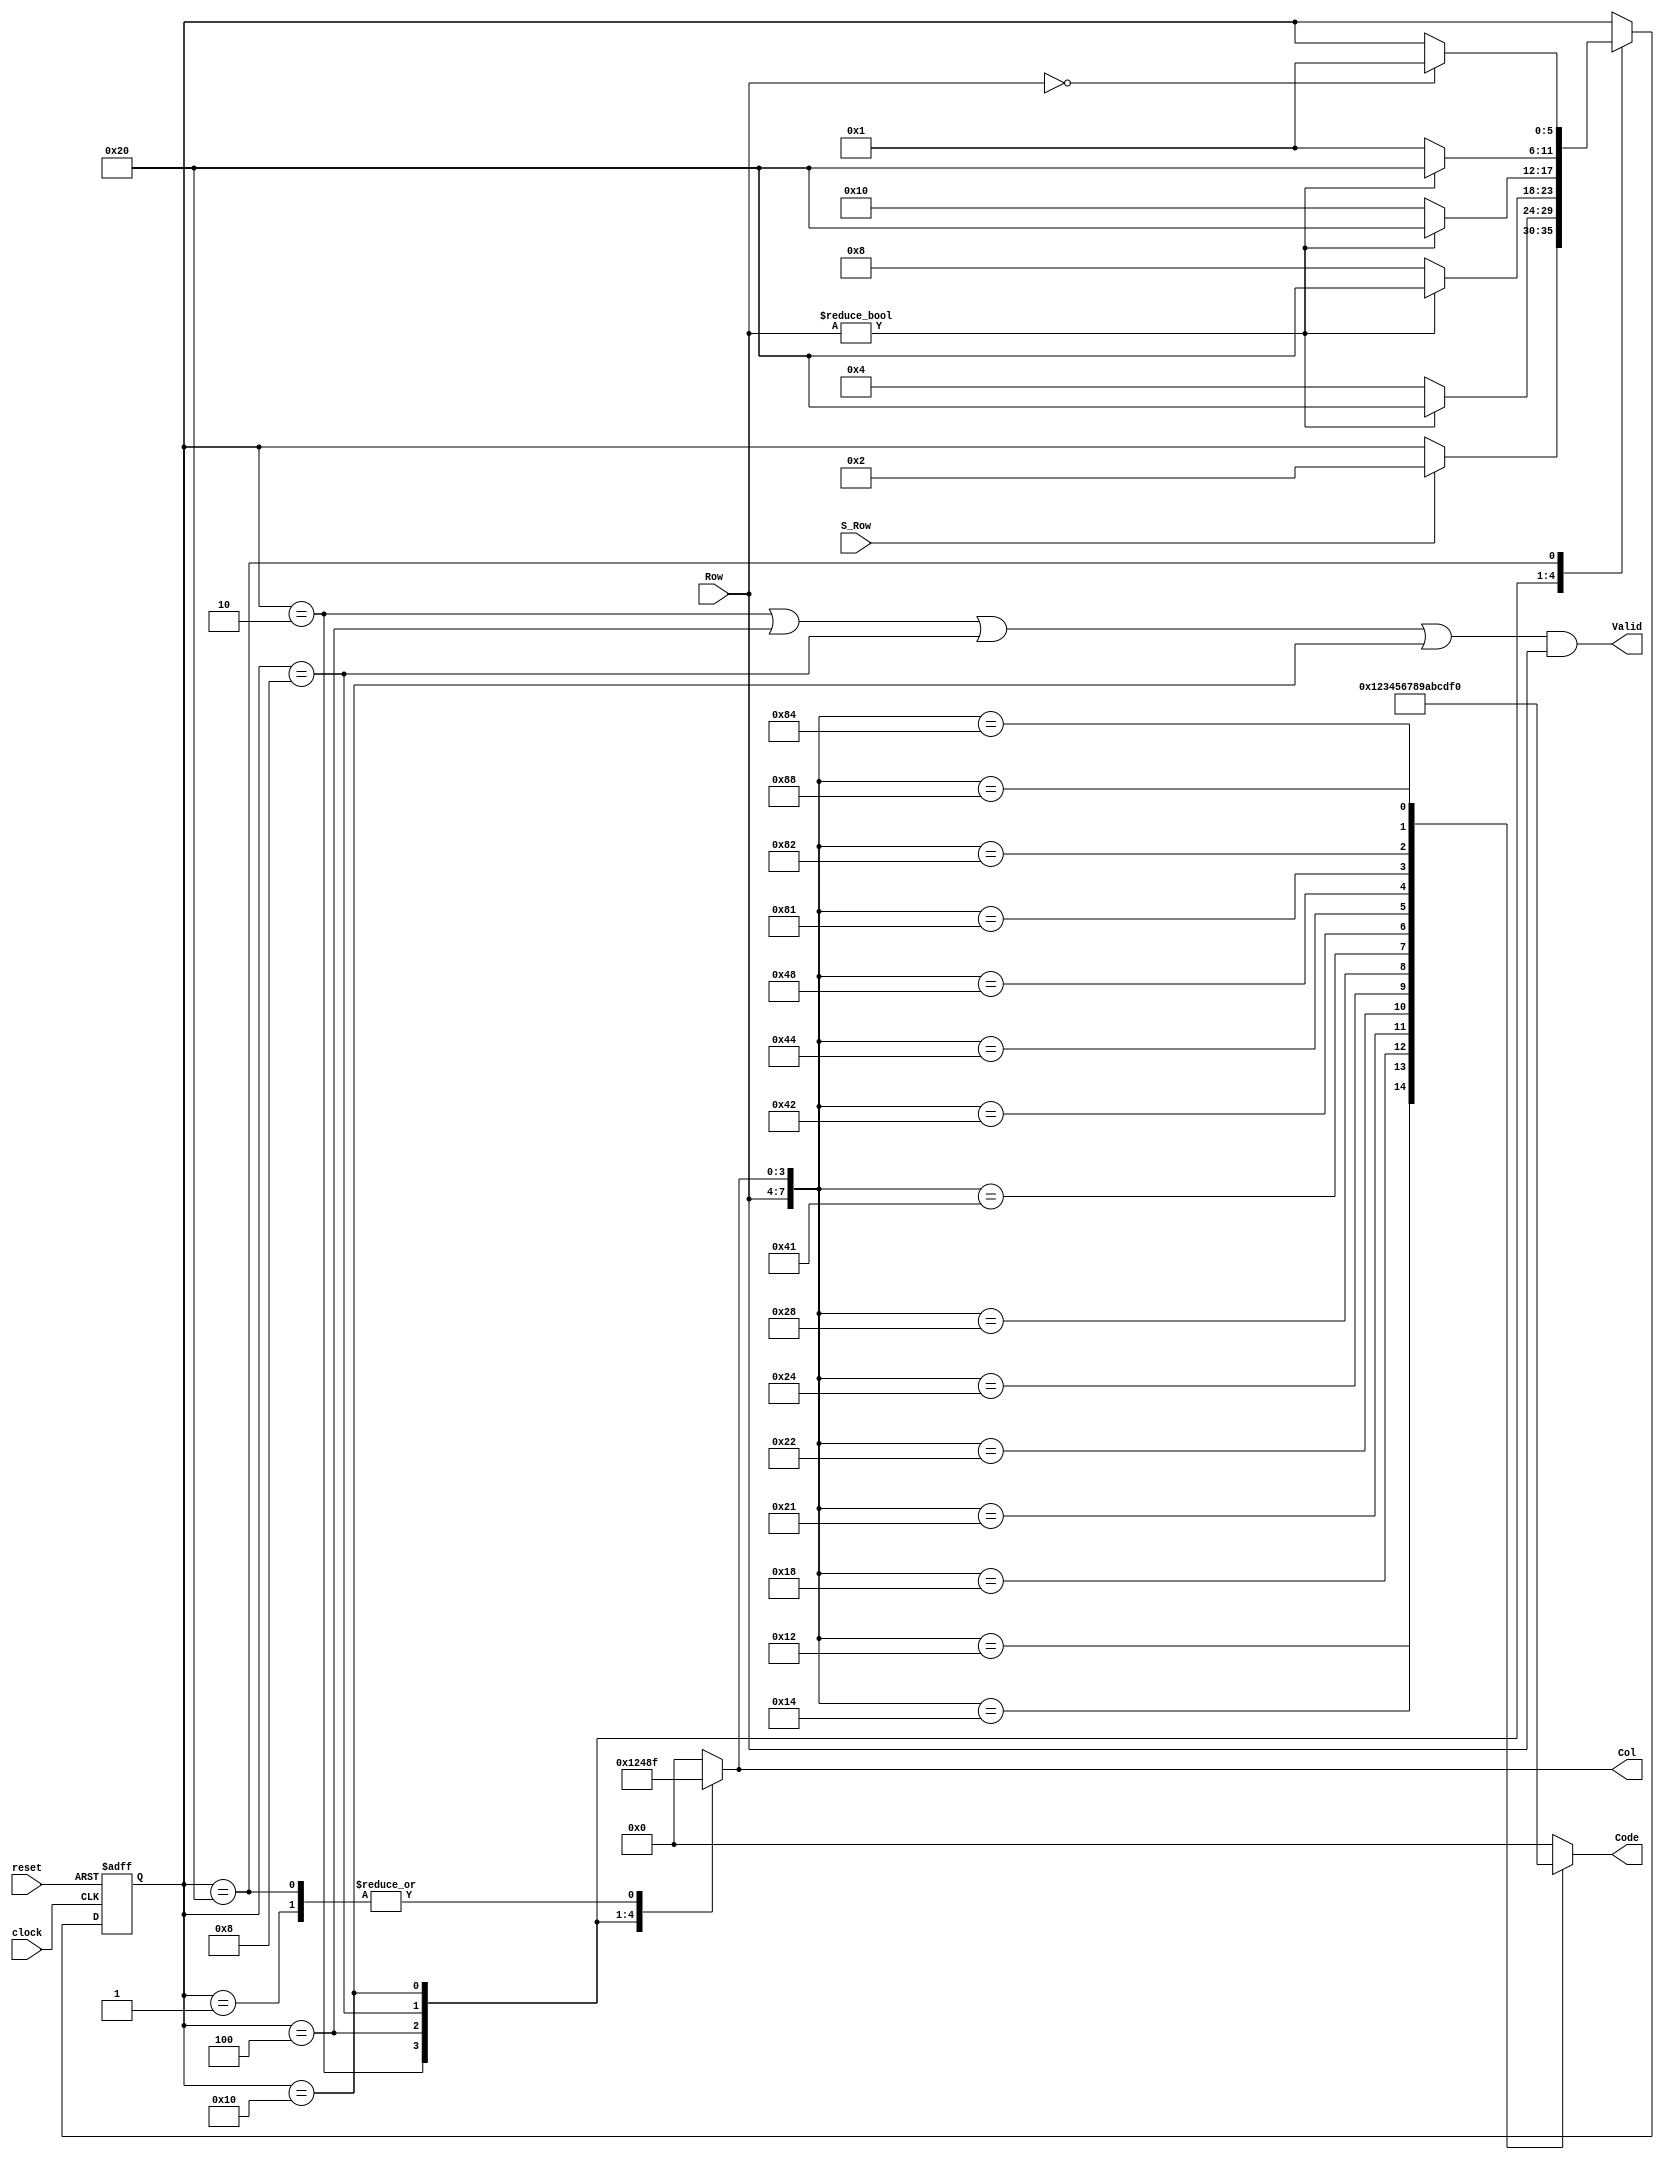
/* source file: Hex_keypad_Grayhill_072.v

Models are organized for Grayhill Hex Keypad Model 072.
Note:  S_Row synchronized to negedge of clock)
State transitions are on posedge of clock.
Caution: be sure the FIFO is sized properly (can't expand otherwise)

Use the following source files to test Hex_Keypad_Grayhill_072:

t_Hex_Keypad_Grayhill_072.v
Hex_Keypad_Grayhill_072.v
Row_Signal.v
Synchronizer.v

md ciletti 6-13-2002  rev 10-12-2004
*/

// Decode the asserted Row and Col

// 	Grayhill 072 Hex Keypad
//		Col[0]	Col[1]	Col[2]	Col[3]
//  	Row[0]	0	1	2	3
//	Row [1]	4	5	6	7
//	Row[2]	8	9	A	B
//	Row[3]	C	D	E	F

module Hex_Keypad_Grayhill_072 (Code, Col, Valid, Row, S_Row, clock, reset);
  output 	[3: 0] 	Code;
  output			Valid;
  output 	[3: 0]	Col;
  input 	[3: 0]	Row;
  input			S_Row;
  input			clock, reset;
  reg 	[3: 0]	Col, Code;
  reg		[5: 0]  	state, next_state;

  parameter 	S_0 = 6'b000001, S_1 = 6'b000010, S_2 = 6'b000100;	// 1-hot
  parameter	S_3 = 6'b001000, S_4 = 6'b010000, S_5 = 6'b100000;

  assign Valid = ((state == S_1) || (state == S_2) || (state == S_3) || (state == S_4)) && Row;

// Does not matter if the row signal is not the debounced version.  Assumed to settle before it is used at the clock edge

  always @ (Row or Col)
     case ({Row, Col})
	8'b0001_0001:	Code = 0;	
	8'b0001_0010:	Code = 1;		 		
	8'b0001_0100:	Code = 2;
	8'b0001_1000:	Code = 3;

	8'b0010_0001:	Code = 4;	
	8'b0010_0010:	Code = 5;	
	8'b0010_0100:	Code = 6;	
	8'b0010_1000:	Code = 7;	

	8'b0100_0001:	Code = 8;	
	8'b0100_0010:	Code = 9;	
	8'b0100_0100:	Code = 10;		// A
	8'b0100_1000:	Code = 11;		// B

	8'b1000_0001:	Code = 12;		// C
	8'b1000_0010:	Code = 13;		// D
	8'b1000_0100:	Code = 14;		// E
	8'b1000_1000:	Code = 15;		// F

      default:		Code = 0;		 // Arbitrary choice
    endcase

  always @ (posedge clock or posedge reset)  
    if (reset) state <= S_0;
    else state <= next_state;

  always @ (state or S_Row or Row) // Next-state logic
   begin next_state = state; Col = 0;
    case (state)
      S_0:	begin Col = 15; if (S_Row) next_state = S_1; end  // Assert all rows
      S_1:	begin Col = 1; if (Row) next_state = S_5; else next_state = S_2; end	// Assert col 0
      S_2:	begin Col = 2; if (Row) next_state = S_5; else next_state = S_3; end	// Assert col 1
      S_3:	begin Col = 4; if (Row) next_state = S_5; else next_state = S_4; end	// Assert col2
      S_4:	begin Col = 8; if (Row) next_state = S_5; else next_state = S_0; end	// Assert col 3
      S_5:	begin Col = 15; if (Row == 0) next_state = S_0; end 	//All rows
    endcase
end
endmodule